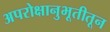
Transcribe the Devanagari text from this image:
अपरोक्षानुभूतीतून